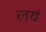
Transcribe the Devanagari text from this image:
लयं